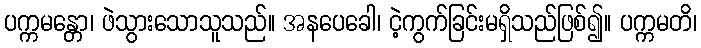
ပက္ကမန္တော၊ ဖဲသွားသောသူသည်။ အနပေခေါ၊ ငဲ့ကွက်ခြင်းမရှိသည်ဖြစ်၍။ ပက္ကမတိ၊